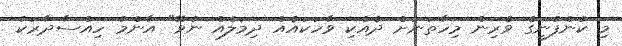
މި ކުންފުނީގެ ވެރިން މިހާތަނަށް ދެއްކި ވާހަކައެއް ދިމަލެއް ނުވޭ" އާންމު ހިއްސާދާރަކު